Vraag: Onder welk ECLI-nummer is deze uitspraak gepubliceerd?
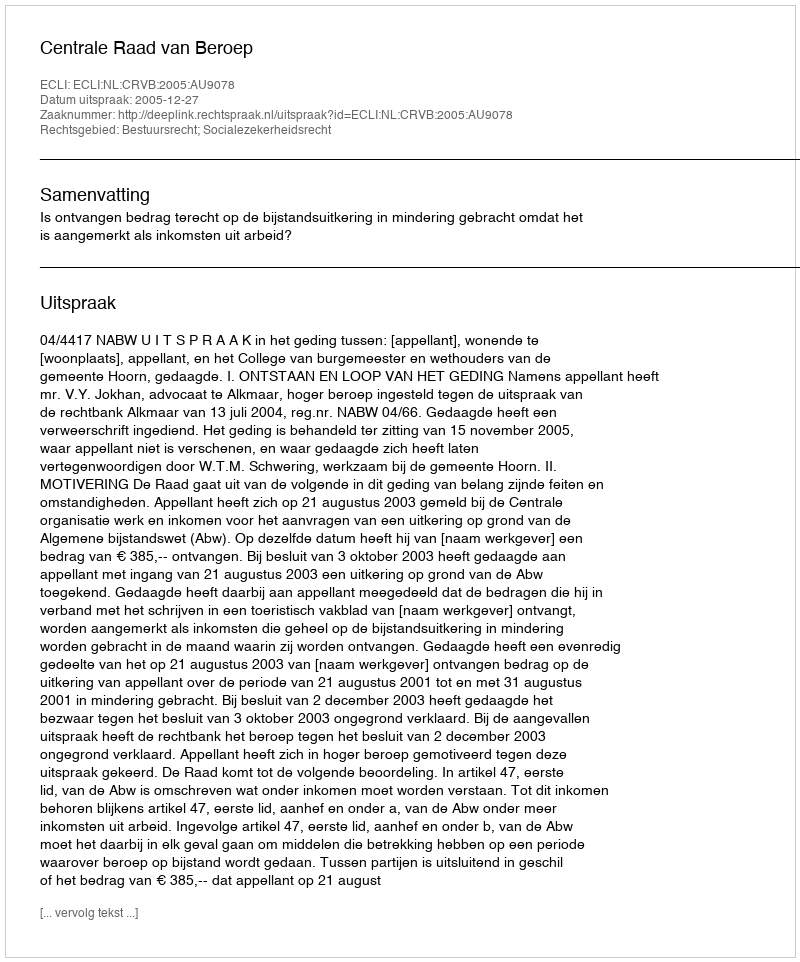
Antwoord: ECLI:NL:CRVB:2005:AU9078